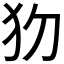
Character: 𤜩